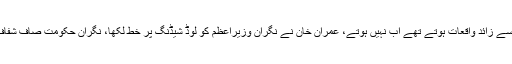
مریم اورنگزیب کا کہنا تھا کہ دہشت گردی کے 26 سو سے زائد واقعات ہوتے تھے اب نہیں ہوتے، عمران خان نے نگران وزیراعظم کو لوڈ شیڈنگ پر خط لکھا، نگران حکومت صاف شفاف الیکشن کروائے گی،جس سے جمہوریت مضبوط ہوگی۔